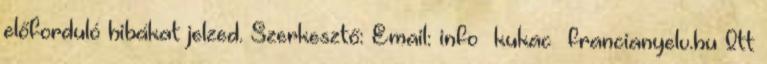
előforduló hibákat jelzed. Szerkesztő: Email: info kukac francianyelv.hu Itt